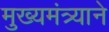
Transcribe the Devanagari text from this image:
मुख्यमंत्र्याने